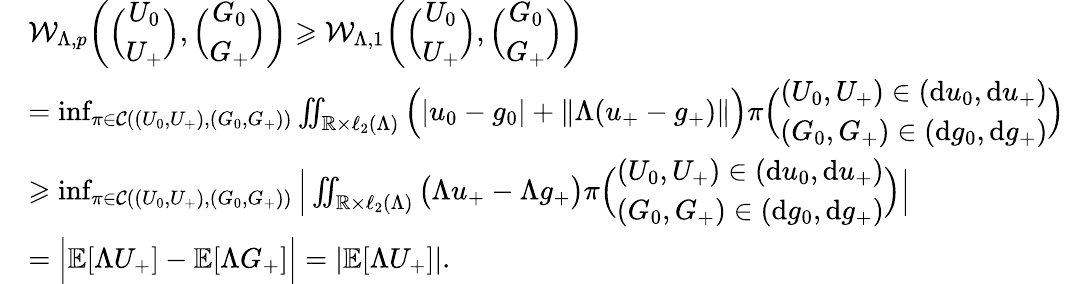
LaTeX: \begin{array}{rl}&{\mathcal{W}_{\Lambda,p}\bigg(\Big(\begin{array}{c}{U_{0}}\\ {U_{+}}\end{array}\Big),\Big(\begin{array}{c}{G_{0}}\\ {G_{+}}\end{array}\Big)\bigg)\geqslant\mathcal{W}_{\Lambda,1}\bigg(\Big(\begin{array}{c}{U_{0}}\\ {U_{+}}\end{array}\Big),\Big(\begin{array}{c}{G_{0}}\\ {G_{+}}\end{array}\Big)\bigg)}\\ &{=\operatorname*{inf}_{\pi\in\mathcal{C}((U_{0},U_{+}),(G_{0},G_{+}))}\iint_{\mathbb{R}\times\ell_{2}(\Lambda)}\Big(|u_{0}-g_{0}|+\| \Lambda(u_{+}-g_{+})\| \Big)\pi\Big(\begin{array}{c}{(U_{0},U_{+})\in(\mathrm{d}u_{0},\mathrm{d}u_{+})}\\ {(G_{0},G_{+})\in(\mathrm{d}g_{0},\mathrm{d}g_{+})}\end{array}\Big)}\\ &{\geqslant\operatorname*{inf}_{\pi\in\mathcal{C}((U_{0},U_{+}),(G_{0},G_{+}))}\Big|\iint_{\mathbb{R}\times\ell_{2}(\Lambda)}\big(\Lambda u_{+}-\Lambda g_{+}\big)\pi\Big(\begin{array}{c}{(U_{0},U_{+})\in(\mathrm{d}u_{0},\mathrm{d}u_{+})}\\ {(G_{0},G_{+})\in(\mathrm{d}g_{0},\mathrm{d}g_{+})}\end{array}\Big)\Big|}\\ &{=\Big|\mathbb{E}[\Lambda U_{+}]-\mathbb{E}[\Lambda G_{+}]\Big|=|\mathbb{E}[\Lambda U_{+}]|.}\end{array}